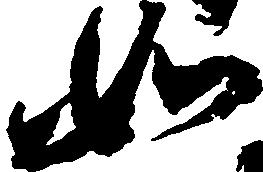
如